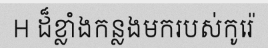
H ដ៏ខ្លាំងកន្លងមករបស់កូរ៉េ